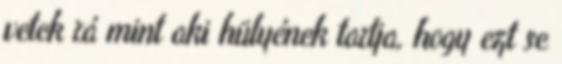
vetek rá mint aki hülyének tartja, hogy ezt se